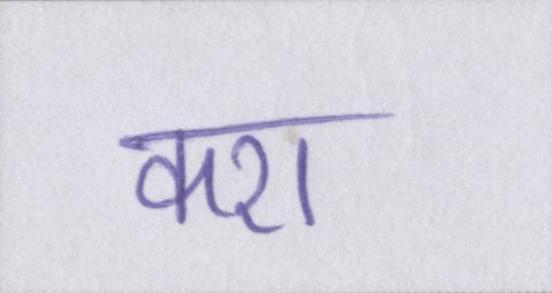
करा